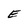
Character: E